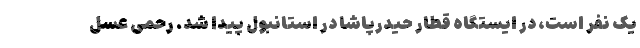
یک نفر است، در ایستگاه قطار حیدرپاشا در استانبول پیدا شد. رحمی عسل